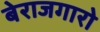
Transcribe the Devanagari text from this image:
बेराजगारो